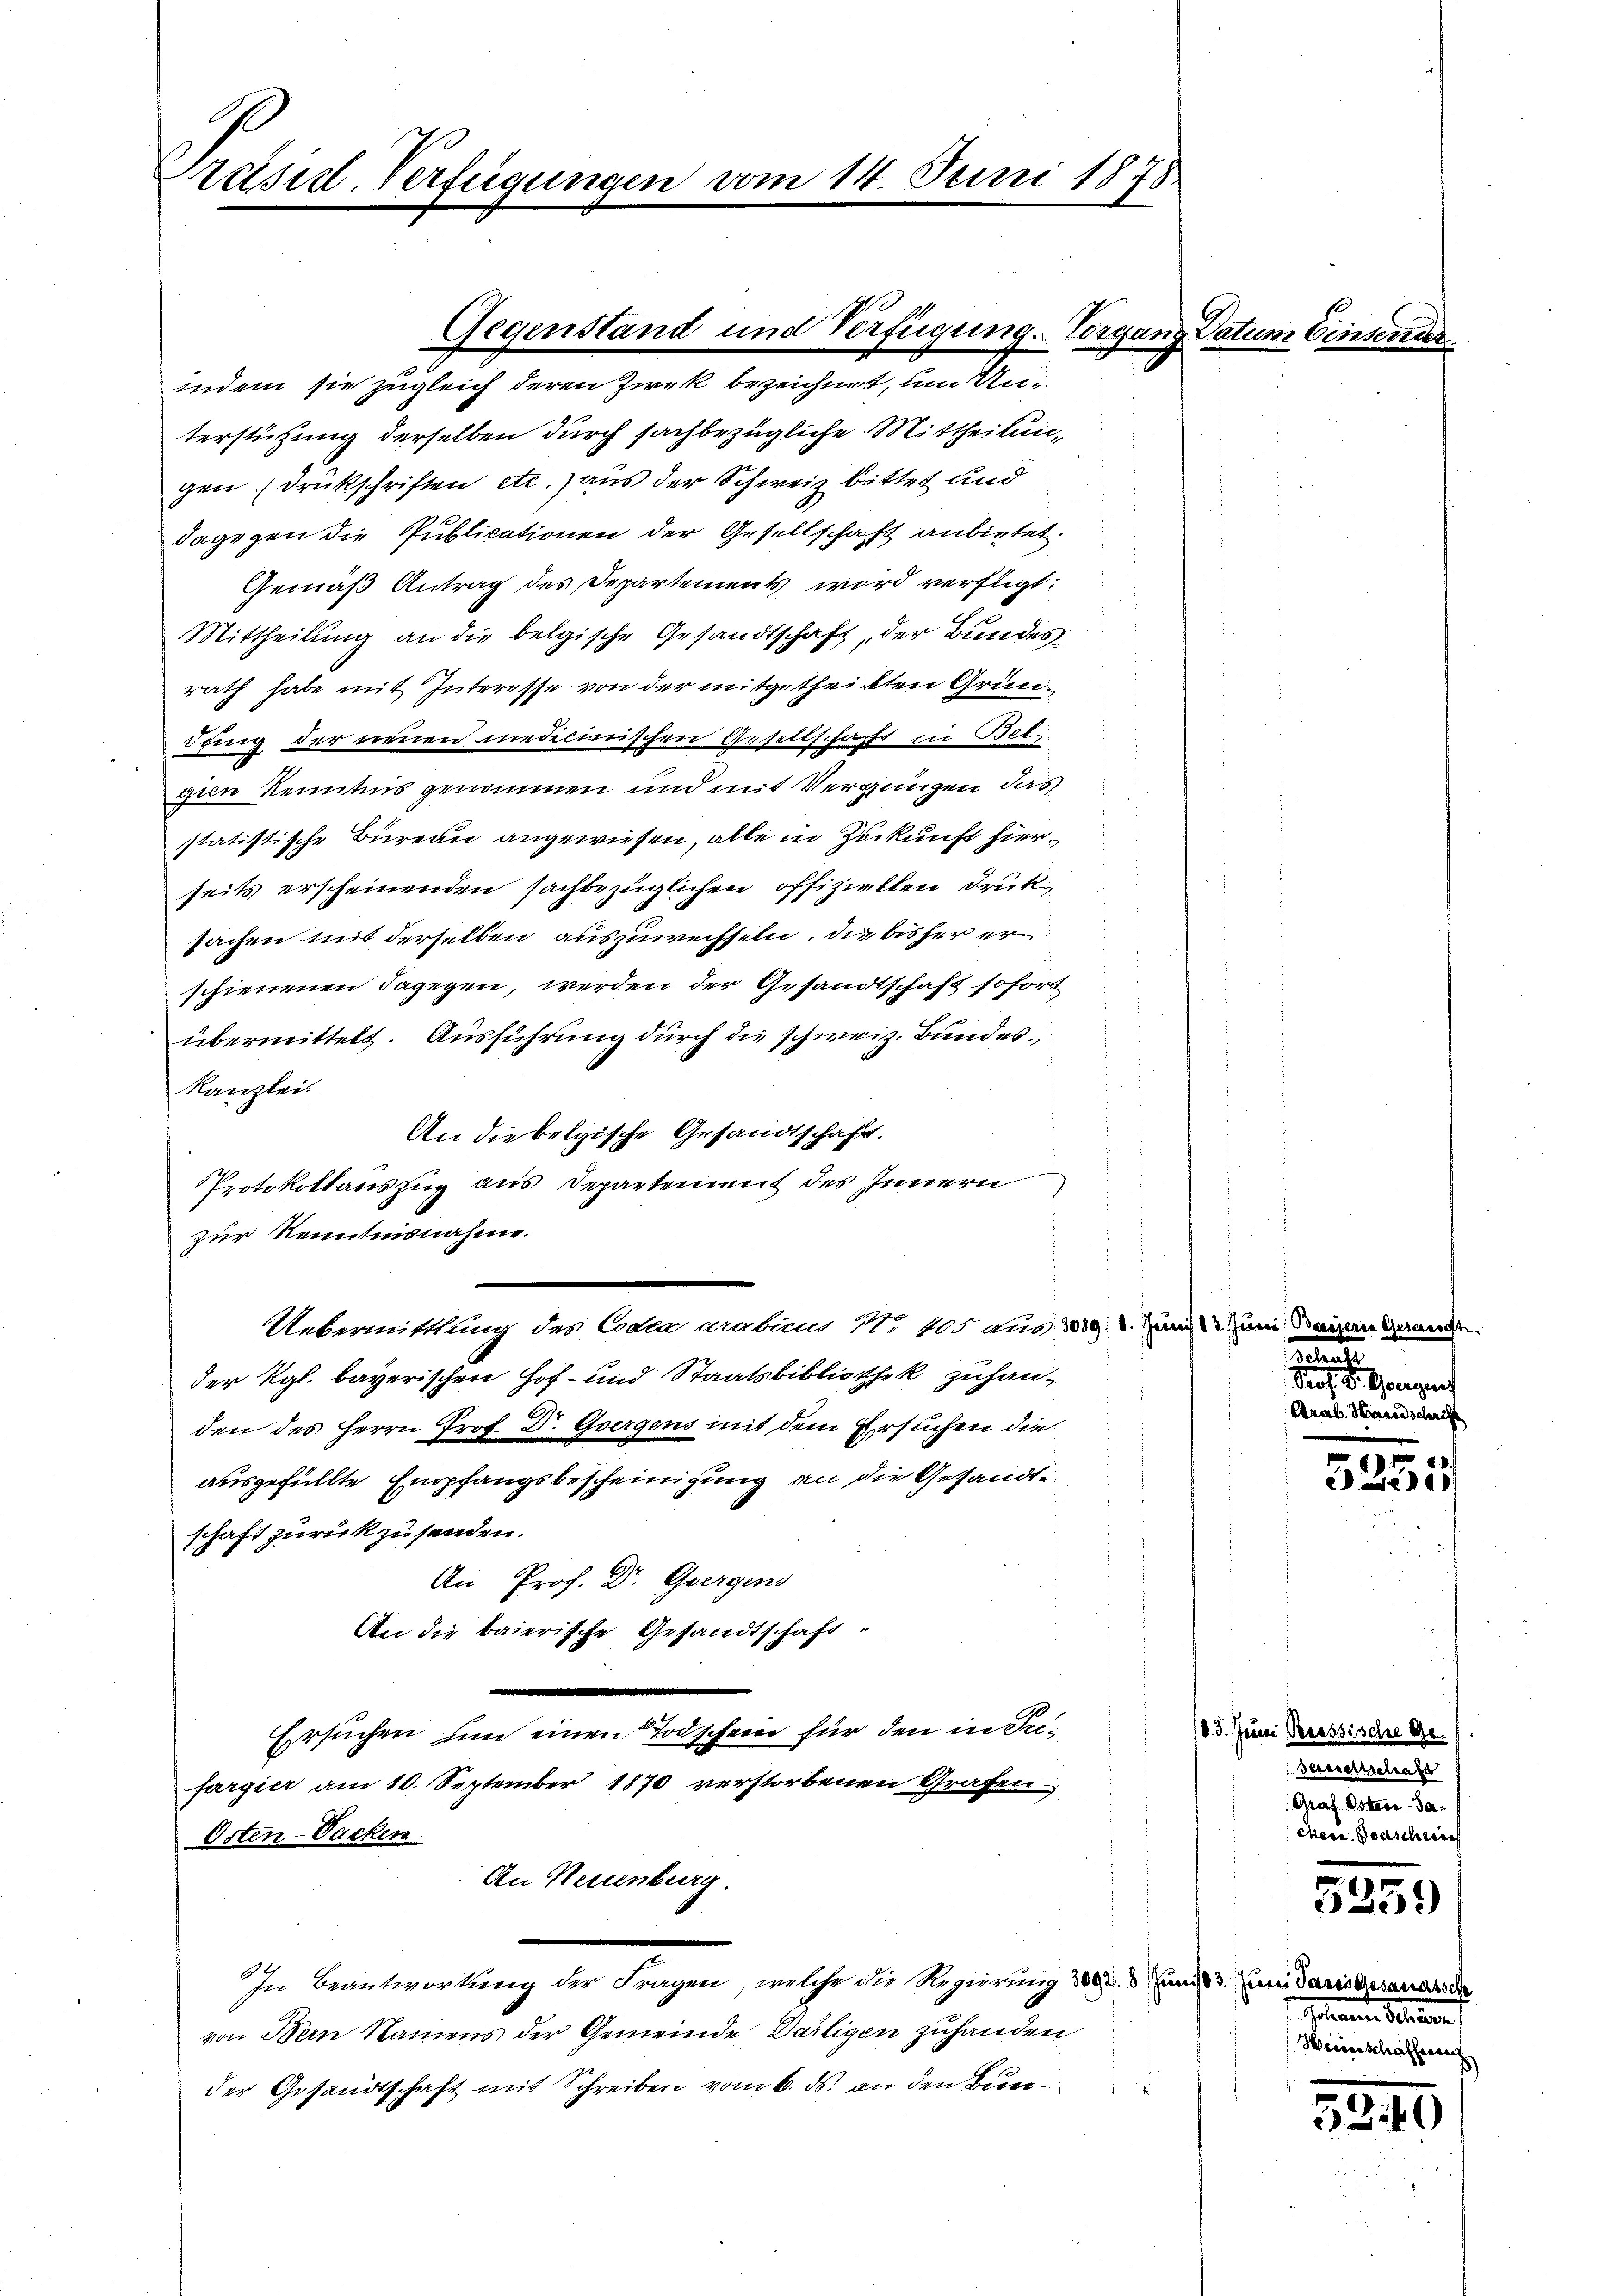
Präsidl-Verfügungen

zur Kenntnisnahme.

vom 14. Juni 1878.

indem sie zugleich deren Zwek bezeichnet, um Unterstützung derselben durch sachbezügliche Mittheilungen. (Drückschriften etc.) aus der Schweiz bittet und
dagegen die Publicationen der Gesellschaft anbietet.
Gemäß Antrag des Departements wird verfügt:
Mittheilung an die belgische Gesandtschaft, der Bundesrath habe mit Interesse von der mitgetheilten Gründring der Treuen medicinischen Gesettschafft in Bet
gien Kenntnis genommen und mit Vergnügen, das
statistische Bureau angewiesen, alle in Zukunft hierseits erscheinenden sachbezüglichen offiziellen Druk
sachen mit derselben auszuwechseln, die bisher er
schienenen dagegen, werden der Gesandtschaft sofort
übermittelt. Ausführung durch die schweiz. Bundes
Kanzlei.
An die belgische Gesandtschaft.
Protokollauszug aus Departement des Innern
Uebermittlung des Codea arabiens No 405 aus 219. V. Juni mi
der Kgl. bayerischen Hof- und Staatsbibliothek zuhanden des Herrn Prof. Dr. Goergens mit dem Ersuchen die
ausgefüllte Empfangsbescheinigung an die Gesandte
schaft zurückzusenden.
An Prof. Dr. Geergens
An die baierische Gesandtschaft
Ersuchen um einen Todschein für den in Trifargier am 10. September 1870 verstorbenen Grafen
Osten-Vacken.
An Neuenburg.
In Beantwortung der Fragen, welche die Regierung 3002. 3. Juni 13. Juni daris Gesandreche
von Dein Namens der Gemeinde Dartigen zuhanden
der Gesandtschaft mit Schreiben vom 6. ds. an den Bun¬

Gegenstand und Verfügung. Vorgang Datum Einsen

a

Arab. Hand

5255

ete.

183. Juni Reissische Ge-
verweltschaft
Graf. Oster Jackere Boascherech

5259

Solaren. Stander
Heinschaffen

3340